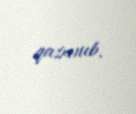
qazanıb.